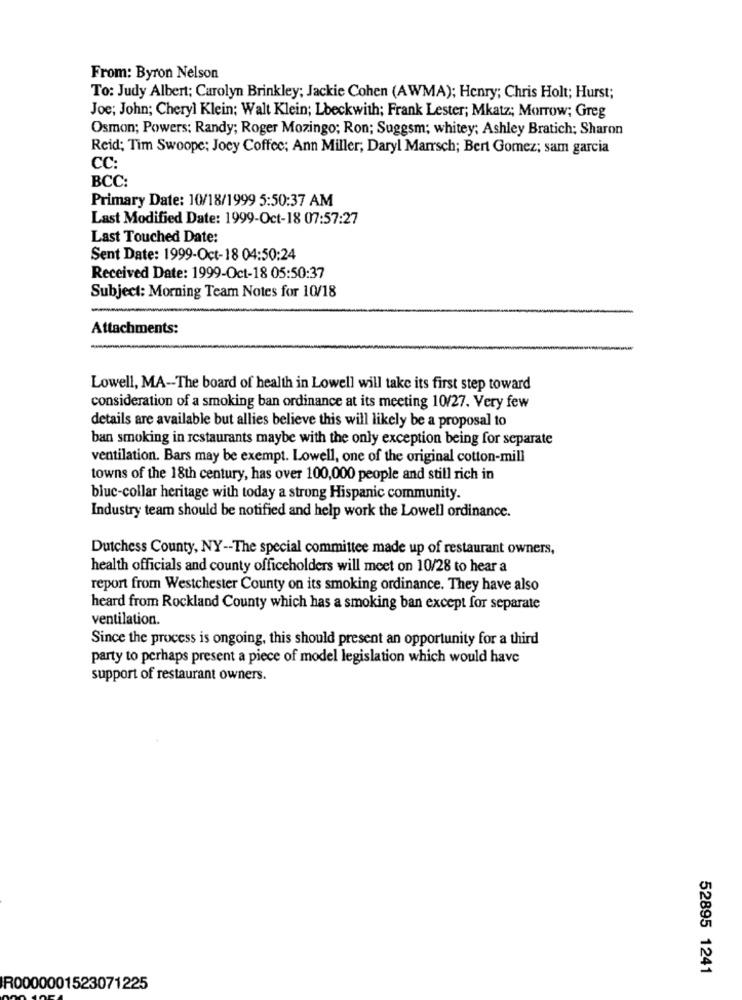
From: Byron Nelson
To: Judy Albert; Carolyn Brinkley; Jackie Cohen (AWMA); Henry; Chris Holt; Hurst;
Joe; John; Cheryl Klein: Walt Klein; Lbeckwith; Frank Lester; Mkatz; Morrow; Greg
Osmon; Powers: Randy; Roger Mozingo; Ron; Suggsm; whitey; Ashley Bratich; Sharon
Reid; Tim Swoope; Joey Coffee; Ann Miller; Daryl Marrsch; Bert Gomez; sam garcia
CC:
BCC:
Primary Date: 10/18/1999 5:50:37 AM
Last Modified Date: 1999-Oct-18 07:57:27
Last Touched Date:
Sent Date: 1999-Oct-18 04:50:24
Received Date: 1999-Oct-18 05:50:37
Subject: Morning Team Notes for 10/18
Attachments:
Lowell, MA -- The board of health in Lowell will take its first step toward
consideration of a smoking ban ordinance at its meeting 10/27. Very few
details are available but allies believe this will likely be a proposal to
ban smoking in restaurants maybe with the only exception being for separate
ventilation. Bars may be exempt. Lowell, one of the original cotton-mill
towns of the 18th century, has over 100,000 people and still rich in
blue-collar heritage with today a strong Hispanic community.
Industry team should be notified and help work the Lowell ordinance.
Dutchess County, NY -- The special committee made up of restaurant owners,
health officials and county officeholders will meet on 10/28 to hear a
report from Westchester County on its smoking ordinance. They have also
heard from Rockland County which has a smoking ban except for separate
ventilation.
Since the process is ongoing, this should present an opportunity for a third
party to perhaps present a piece of model legislation which would have
support of restaurant owners.
52895 1241
R0000001523071225